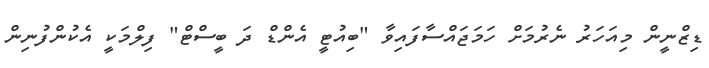
ޑިޒްނީން މިއަހަރު ނެރުމަށް ހަމަޖައްސާފައިވާ "ބިއުޓީ އެންޑް ދަ ބީސްޓް" ފިލްމަކީ އެކުންފުނިން